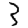
Digit: 3